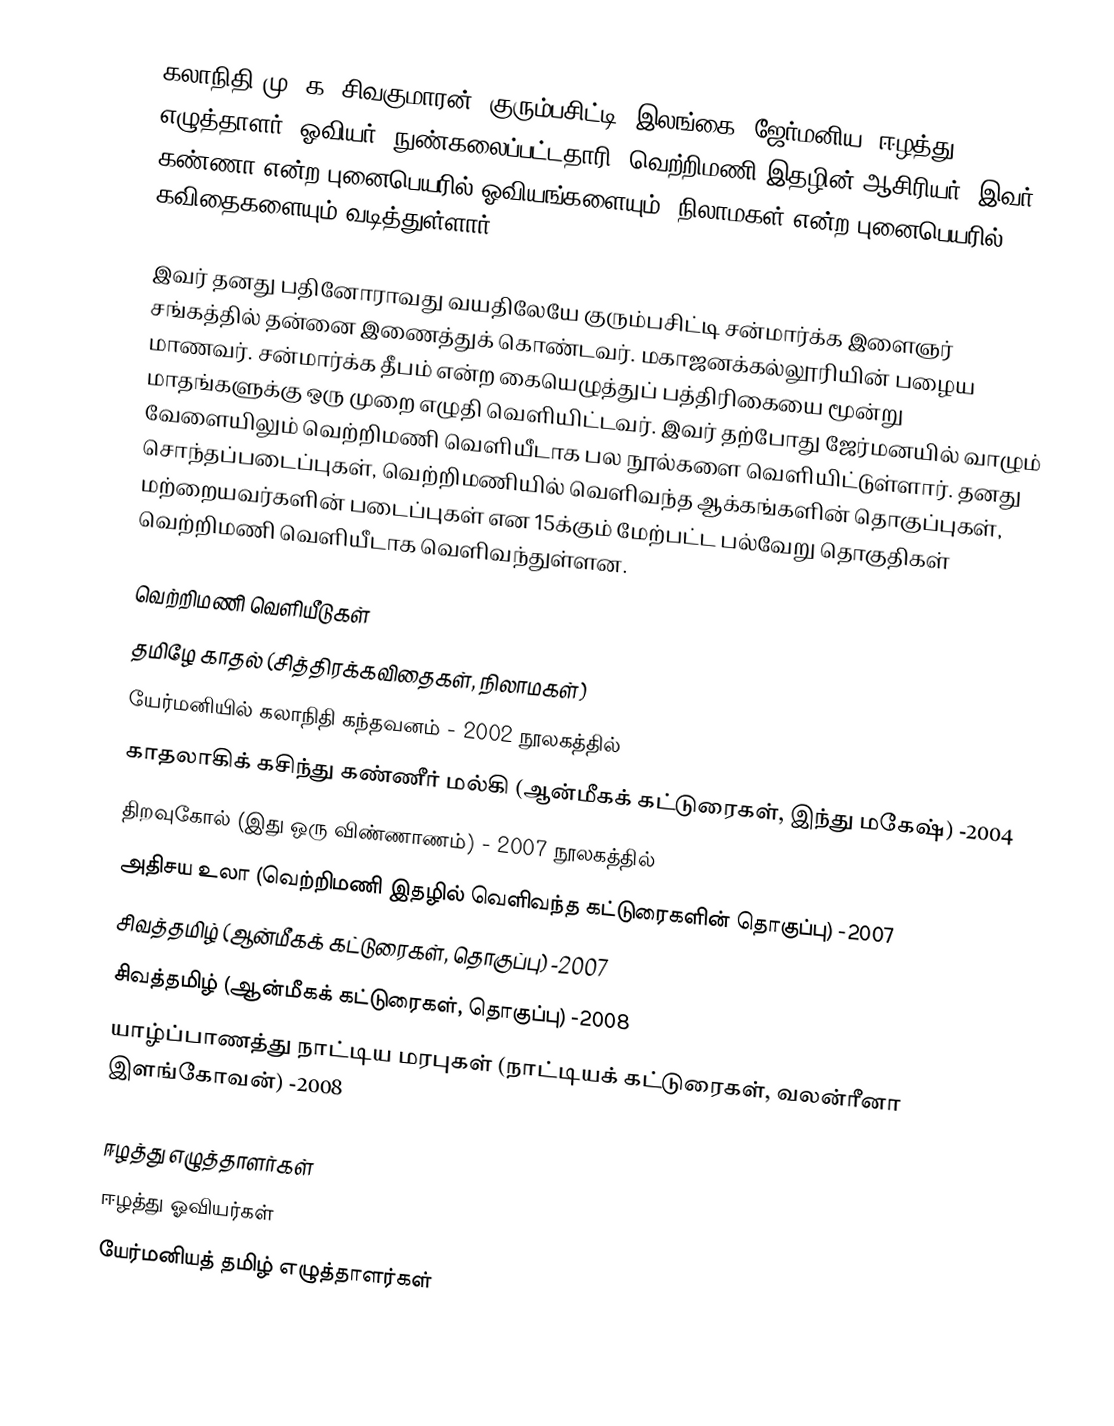
கலாநிதி மு. க. சிவகுமாரன் (குரும்பசிட்டி, இலங்கை) ஜேர்மனிய, ஈழத்து எழுத்தாளர். ஓவியர். நுண்கலைப்பட்டதாரி. வெற்றிமணி இதழின் ஆசிரியர். இவர் கண்ணா என்ற புனைபெயரில் ஓவியங்களையும், நிலாமகள் என்ற புனைபெயரில் கவிதைகளையும் வடித்துள்ளார்.

இவர் தனது பதினோராவது வயதிலேயே குரும்பசிட்டி சன்மார்க்க இளைஞர் சங்கத்தில் தன்னை இணைத்துக் கொண்டவர். மகாஜனக்கல்லூரியின் பழைய மாணவர். சன்மார்க்க தீபம் என்ற கையெழுத்துப் பத்திரிகையை மூன்று மாதங்களுக்கு ஒரு முறை எழுதி வெளியிட்டவர். இவர் தற்போது ஜேர்மனயில் வாழும் வேளையிலும் வெற்றிமணி வெளியீடாக பல நூல்களை வெளியிட்டுள்ளார். தனது சொந்தப்படைப்புகள், வெற்றிமணியில் வெளிவந்த ஆக்கங்களின் தொகுப்புகள், மற்றையவர்களின் படைப்புகள் என 15க்கும் மேற்பட்ட பல்வேறு  தொகுதிகள் வெற்றிமணி வெளியீடாக வெளிவந்துள்ளன.

வெற்றிமணி வெளியீடுகள்
 தமிழே காதல் (சித்திரக்கவிதைகள், நிலாமகள்)
 யேர்மனியில் கலாநிதி கந்தவனம் - 2002 நூலகத்தில்
 காதலாகிக் கசிந்து கண்ணீர் மல்கி (ஆன்மீகக் கட்டுரைகள், இந்து மகேஷ்) -2004
 திறவுகோல் (இது ஒரு விண்ணாணம்) - 2007 நூலகத்தில்
 அதிசய உலா (வெற்றிமணி இதழில் வெளிவந்த கட்டுரைகளின் தொகுப்பு) -2007
 சிவத்தமிழ் (ஆன்மீகக் கட்டுரைகள், தொகுப்பு) -2007
 சிவத்தமிழ் (ஆன்மீகக் கட்டுரைகள், தொகுப்பு) -2008
 யாழ்ப்பாணத்து நாட்டிய மரபுகள் (நாட்டியக் கட்டுரைகள், வலன்ரீனா இளங்கோவன்) -2008

ஈழத்து எழுத்தாளர்கள்
ஈழத்து ஓவியர்கள்
யேர்மனியத் தமிழ் எழுத்தாளர்கள்